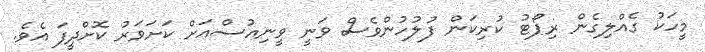
މީހަކު ގެއްލިގެން ރިޕޯޓު ކުރިކަން ފުލުހުންވެސް ވަނީ ވީނިއުސްއަށް ކަށަވަރު ކޮށްދީފަ އެވެ.